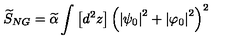
\widetilde { S } _ { N G } = \widetilde { \alpha } \int \left[ d ^ { 2 } z \right] \left( \left| \psi _ { 0 } \right| ^ { 2 } + \left| \varphi _ { 0 } \right| ^ { 2 } \right) ^ { 2 }